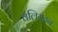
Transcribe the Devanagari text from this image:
वलियदन